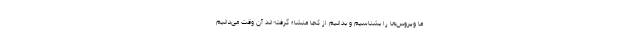
ما ویروس‌ها را بشناسیم و بدانیم از کجا منشاء گرفته‌اند آن وقت می‌دانیم